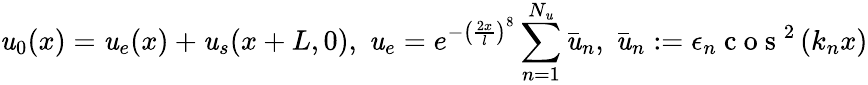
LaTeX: \mathit{u}_{0}(x)={\mathit{u}}_{e}(x)+\mathit{u}_{s}(x+L,0),\; \mathit{u}_{e}=e^{-\left(\frac{{2x}}{{l}}\right)^{8}}\sum_{n=1}^{N_{\mathit{u}}}\bar{{\mathit{u}}}_{n},\; \bar{{\mathit{u}}}_{n}:=\epsilon_{n}\mathrm{{~c~o~s~}}^{2}\left(k_{n}x\right)